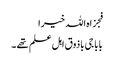
فجزاہ اللہ خیرا
بابا جی باذوق اہل علم تھے ۔